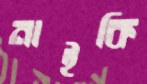
নাইকি